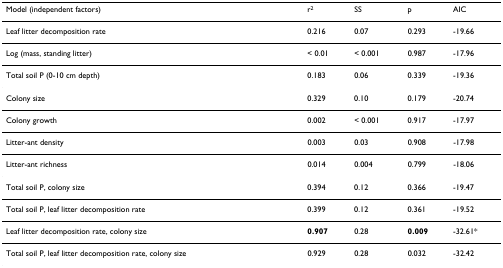
<table><thead><tr><td><b>Model (independent factors)</b></td><td><b>r<sup>2</sup></b></td><td><b>SS</b></td><td><b>p</b></td><td><b>AIC</b></td></tr></thead><tbody><tr><td>Leaf litter decomposition rate</td><td>0.216</td><td>0.07</td><td>0.293</td><td>-19.66</td></tr><tr><td>Log (mass, standing litter)</td><td>&lt; 0.01</td><td>&lt; 0.001</td><td>0.987</td><td>-17.96</td></tr><tr><td>Total soil P (0-10 cm depth)</td><td>0.183</td><td>0.06</td><td>0.339</td><td>-19.36</td></tr><tr><td>Colony size</td><td>0.329</td><td>0.10</td><td>0.179</td><td>-20.74</td></tr><tr><td>Colony growth</td><td>0.002</td><td>&lt; 0.001</td><td>0.917</td><td>-17.97</td></tr><tr><td>Litter-ant density</td><td>0.003</td><td>0.03</td><td>0.908</td><td>-17.98</td></tr><tr><td>Litter-ant richness</td><td>0.014</td><td>0.004</td><td>0.799</td><td>-18.06</td></tr><tr><td>Total soil P, colony size</td><td>0.394</td><td>0.12</td><td>0.366</td><td>-19.47</td></tr><tr><td>Total soil P, leaf litter decomposition rate</td><td>0.399</td><td>0.12</td><td>0.361</td><td>-19.52</td></tr><tr><td>Leaf litter decomposition rate, colony size</td><td><b>0.907</b></td><td>0.28</td><td><b>0.009</b></td><td>-32.61*</td></tr><tr><td>Total soil P, leaf litter decomposition rate, colony size</td><td>0.929</td><td>0.28</td><td>0.032</td><td>-32.42</td></tr></tbody></table>